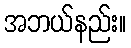
အဘယ်နည်း။